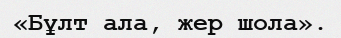
«Бұлт ала, жер шола».